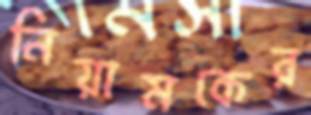
নিয়ামকের